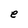
Character: e